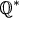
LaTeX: \mathbb { Q } ^ { * }